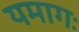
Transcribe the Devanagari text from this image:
यमागः